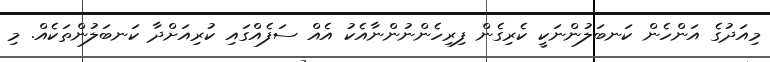
މިއަދުގެ އަންހެން ކަނބަލުންނަކީ ކެރިގެން ފިރިހެންނުންނާއެކު އެއް ސަފެއްގައި ކުރިއަށްދާ ކަނބަލުންތަކެއް. މި